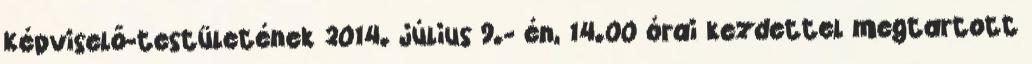
Képviselő-testületének 2014. július 9.- én, 14.00 órai kezdettel megtartott